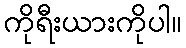
ကိုရီးယားကိုပါ။